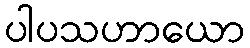
ပါပသဟာယော